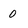
Character: 0